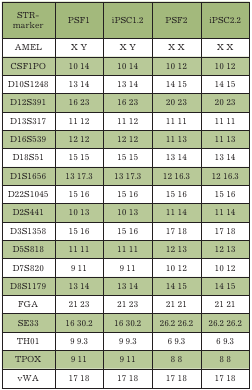
| STR-marker | PSF1 | iPSC1.2 | PSF2 | iPSC2.2 |
 | --- | --- | --- | --- | --- |
 | AMEL | X Y | X Y | X X | X X |
 | CSF1PO | 10 14 | 10 14 | 10 12 | 10 12 |
 | D10S1248 | 13 14 | 13 14 | 14 15 | 14 15 |
 | D12S391 | 16 23 | 16 23 | 20 23 | 20 23 |
 | D13S317 | 11 12 | 11 12 | 11 11 | 11 11 |
 | D16S539 | 12 12 | 12 12 | 11 13 | 11 13 |
 | D18S51 | 15 15 | 15 15 | 13 14 | 13 14 |
 | D1S1656 | 13 17.3 | 13 17.3 | 12 16.3 | 12 16.3 |
 | D22S1045 | 15 16 | 15 16 | 15 16 | 15 16 |
 | D2S441 | 10 13 | 10 13 | 11 14 | 11 14 |
 | D3S1358 | 15 16 | 15 16 | 17 18 | 17 18 |
 | D5S818 | 11 11 | 11 11 | 12 13 | 12 13 |
 | D7S820 | 9 11 | 9 11 | 10 12 | 10 12 |
 | D8S1179 | 13 14 | 13 14 | 14 15 | 14 15 |
 | FGA | 21 23 | 21 23 | 21 21 | 21 21 |
 | SE33 | 16 30.2 | 16 30.2 | 26.2 26.2 | 26.2 26.2 |
 | TH01 | 9 9.3 | 9 9.3 | 6 9.3 | 6 9.3 |
 | TPOX | 9 11 | 9 11 | 8 8 | 8 8 |
 | vWA | 17 18 | 17 18 | 17 18 | 17 18 |